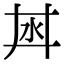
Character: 𣲜